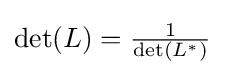
{\textstyle {\text{det}}(L)={\frac {1}{{\text{det}}(L^{*})}}}